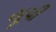
યૂપી